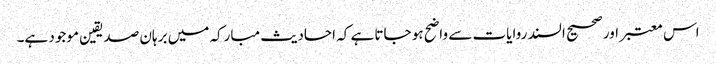
اس معتبر اور صحیح السند روایات سے واضح ہو جاتا ہے کہ احادیث مبارکہ میں برہان صدیقین موجود ہے۔